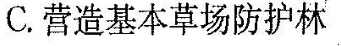
C.营造基本草场防护林